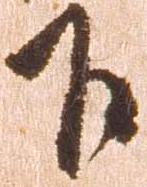
下